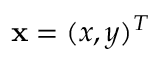
\mathbf x = ( x , y ) ^ { T }